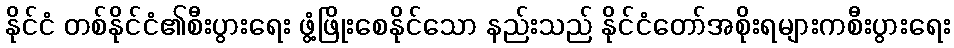
နိုင်ငံ တစ်နိုင်ငံ၏စီးပွားရေး ဖွံ့ဖြိုးစေနိုင်သော နည်းသည် နိုင်ငံတော်အစိုးရများကစီးပွားရေး